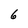
Character: 6